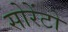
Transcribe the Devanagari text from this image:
सोरेंटो